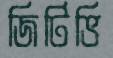
জিটিভি